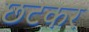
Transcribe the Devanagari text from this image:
छटकर